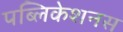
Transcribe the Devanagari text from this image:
पब्लिकेशनस